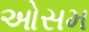
ઓસમ